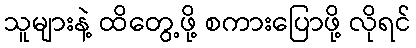
သူများနဲ့ ထိတွေ့ဖို့ စကားပြောဖို့ လိုရင်